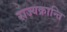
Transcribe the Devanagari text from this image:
राज्यक्रान्ति